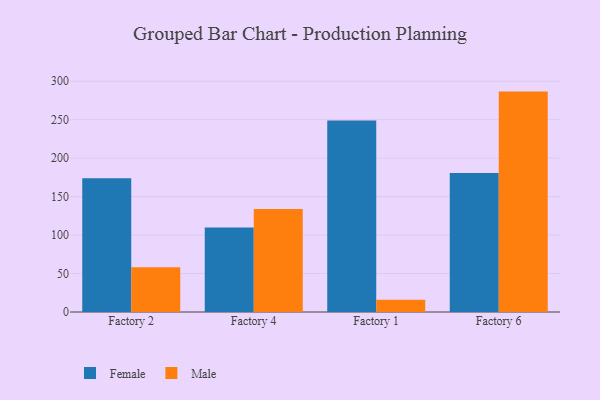
{"axis": {"x": "Factory", "y": "Headcount"}, "legend": ["Female", "Male"], "data": [{"x": "Factory 2", "y": 173.8, "type": "Female"}, {"x": "Factory 2", "y": 58.1, "type": "Male"}, {"x": "Factory 4", "y": 109.9, "type": "Female"}, {"x": "Factory 4", "y": 133.9, "type": "Male"}, {"x": "Factory 1", "y": 248.8, "type": "Female"}, {"x": "Factory 1", "y": 15.9, "type": "Male"}, {"x": "Factory 6", "y": 180.8, "type": "Female"}, {"x": "Factory 6", "y": 286.5, "type": "Male"}]}